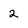
Character: 2